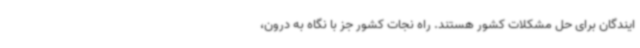
ایندگان برای حل مشکلات کشور هستند. راه نجات کشور جز با نگاه به درون،